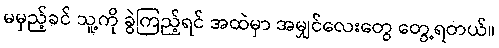
မမှည့်ခင် သူ့ကို ခွဲကြည့်ရင် အထဲမှာ အမျှင်လေးတွေ တွေ့ရတယ်။